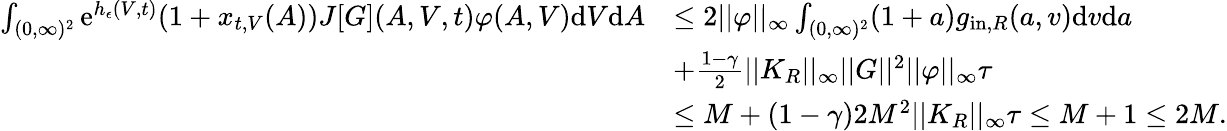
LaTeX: \begin{array}{rl}{\int_{(0,\infty)^{2}}\textup{e}^{h_{\epsilon}(V,t)}(1+x_{t,V}(A))J[G](A,V,t)\varphi(A,V)\textup{d}V\textup{d}A}&{\leq 2||\varphi||_{\infty}\int_{(0,\infty)^{2}}(1+a)g_{\textup{in},R}(a,v)\textup{d}v\textup{d}a}\\ &{+\frac{1-\gamma}{2}||K_{R}||_{\infty}||G||^{2}||\varphi||_{\infty}\tau}\\ &{\leq M+(1-\gamma)2M^{2}||K_{R}||_{\infty}\tau\leq M+1\leq 2M.}\end{array}